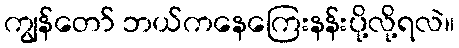
ကျွန်တော် ဘယ်ကနေကြေးနန်းပို့လို့ရလဲ။